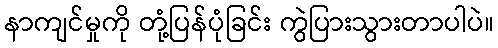
နာကျင်မှုကို တုံ့ပြန်ပုံခြင်း ကွဲပြားသွားတာပါပဲ။